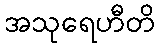
အသုရေဟီတိ